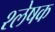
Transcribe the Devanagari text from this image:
श्लेषक